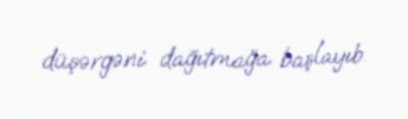
düşərgəni dağıtmağa başlayıb.